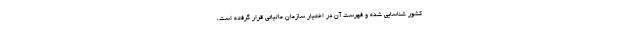
کشور شناسایی شده و فهرست آن در اختیار سازمان مالیاتی قرار گرفته است،